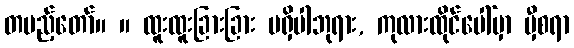
တပည့်တော်။ ။ ထူးထူးခြားခြား မရှိပါဘုရား, ကုလားထိုင်ပေါ်မှာ မှီစရာ